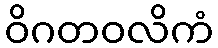
ဝိဂတဝလိကံ